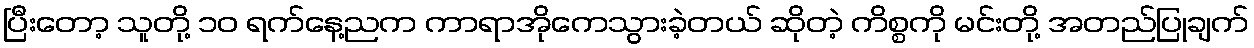
ပြီးတော့ သူတို့ ၁၀ ရက်နေ့ညက ကာရာအိုကေသွားခဲ့တယ် ဆိုတဲ့ ကိစ္စကို မင်းတို့ အတည်ပြုချက်